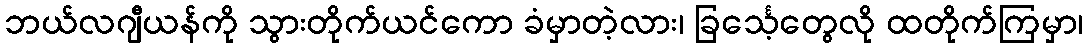
ဘယ်လဂျီယန်ကို သွားတိုက်ယင်ကော ခံမှာတဲ့လား၊ ခြင်္သေ့တွေလို ထတိုက်ကြမှာ၊